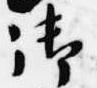
御